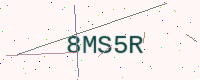
Text: 8MS5R